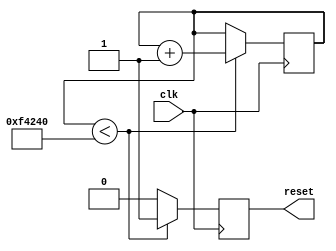
///////////////////////////////////////////////////////////////////////////////
//   __  __          _____      _         _   _  ______      _______ _____   //
//  |  \/  |   /\   |  __ \    | |  /\   | \ | |/ __ \ \    / /_   _/ ____|  //
//  | \  / |  /  \  | |__) |   | | /  \  |  \| | |  | \ \  / /  | || |       //
//  | |\/| | / /\ \ |  _  /_   | |/ /\ \ | . ` | |  | |\ \/ /   | || |       //
//  | |  | |/ ____ \| | \ \ |__| / ____ \| |\  | |__| | \  /   _| || |____   //
//  |_|  |_/_/    \_\_|  \_\____/_/    \_\_| \_|\____/   \/   |_____\_____|  //
//                                                                           //
//                          JAN MARJANOVIC, 2014                             //
//                                                                           //
///////////////////////////////////////////////////////////////////////////////
`timescale 1ns/100ps

module reset_gen # (
	parameter NR_CLK_CYCLES = 1_000_000
)(
	input		clk,	
	output reg		reset
);

reg [31:0] rst_cntr = 0;

always @ (posedge clk) begin
	if (rst_cntr < NR_CLK_CYCLES) begin
		rst_cntr	<= rst_cntr + 1;
		reset	<= 1'b1;
	end else begin
		reset	<= 1'b0;
	end
end

endmodule